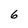
Character: 6